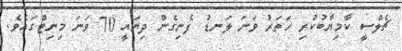
ޗެލްސީ ކާމިޔާބުކުރި ހަތަރު ވަނަ ލަނޑު ފެނިގެން ދިޔައީ 70 ވަނަ މިނިޓްގައެވެ.